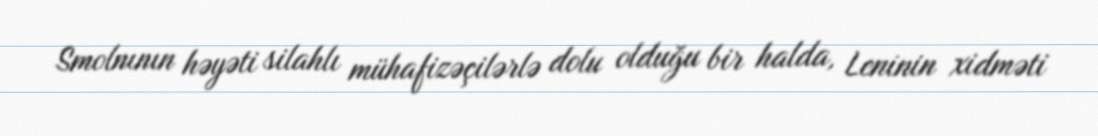
Smolnının həyəti silahlı mühafizəçilərlə dolu olduğu bir halda, Leninin xidməti